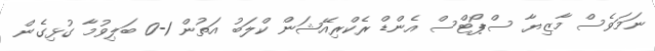
ނަމަވެސް މާޒިޔާ ސްޕޯޓްސް އެންޑް ރެކްރިއޭޝަން ކްލަބު އަތުން 1-0 ބަލިވުމާ ގުޅިގެން